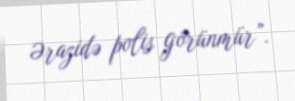
Ərazidə polis görünmür”.